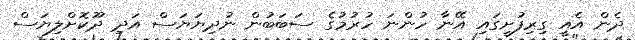
ދެން އެއީ ގިރިފުށީގައި އޭނާ ހުންނަ ހުރުމުގެ ސަބަބުން ނުދިޔަޔަސް އަދި ދޫކޮށްލިޔަސް